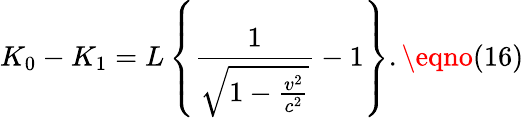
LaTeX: K_{0}-K_{1}=L\left\{ \frac{1}{\sqrt{1-\frac{v^{2}}{c^{2}}}}-1\right\} .\eqno(16)